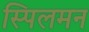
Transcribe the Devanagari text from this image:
स्पिलमन